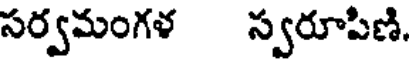
సర్వమంగళ స్వరూపిణి.